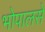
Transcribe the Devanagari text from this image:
भोपालसे